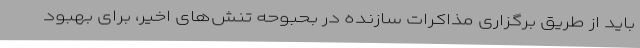
باید از طریق برگزاری مذاکرات سازنده در بحبوحه تنش‌های اخیر، برای بهبود